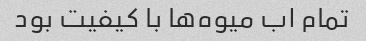
تمام اب میوه‌ها با کیفیت بود